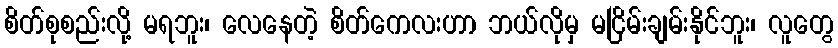
စိတ်စုစည်းလို့ မရဘူး၊ လေနေတဲ့ စိတ်ကေလးဟာ ဘယ်လိုမှ မငြိမ်းချမ်းနိုင်ဘူး၊ လူတွေ